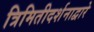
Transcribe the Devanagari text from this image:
त्रिमितीदर्शनाद्वारे